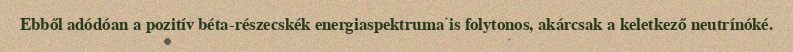
Ebből adódóan a pozitív béta-részecskék energiaspektruma is folytonos, akárcsak a keletkező neutrínóké.